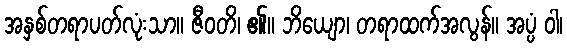
အနှစ်တရာပတ်လုံးသာ။ ဇီဝတိ၊ ၏။ ဘိယျော၊ တရာထက်အလွန်။ အပ္ပံ ဝါ၊